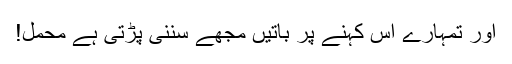
اور تمہارے اس کہنے پر باتیں مجھے سننی پڑتی ہے محمل!